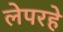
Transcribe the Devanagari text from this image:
लेपरहे